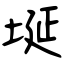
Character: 埏